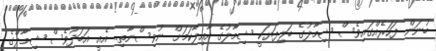
ބުނަން ފަހަރެއްގައިވެސް ޝިމާލުގެ ބަލިފަޔަކީ ޝިމާލުގެ އާއިލާކަމަށް ނުވިސްނާތި.. އެއީ އަބަދުވެސް ޝިމާލްގެ